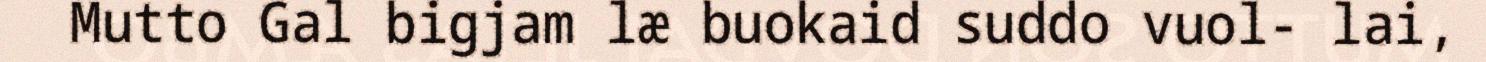
Mutto Gal bigjam læ buokaid suddo vuol- lai,